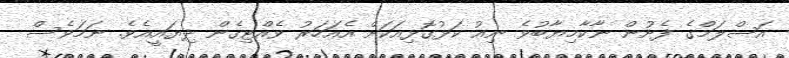
އަސްލަމްގެ ފެށުން ނާކާމިޔާބުވެ ނިއު ކަޅުގޮޅިއަކަށް އެއަހަރު ވެއްޓިގެން ދިޔައީއެވެ. ނަމަވެސް